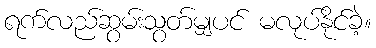
ရက်လည်ဆွမ်းသွတ်မျှပင် မလုပ်နိုင်ခဲ့။